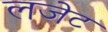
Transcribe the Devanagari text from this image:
लजेट